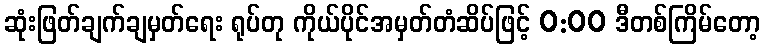
ဆုံးဖြတ်ချက်ချမှတ်ရေး ရုပ်တု ကိုယ်ပိုင်အမှတ်တံဆိပ်ဖြင့် 0:00 ဒီတစ်ကြိမ်တော့